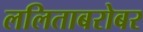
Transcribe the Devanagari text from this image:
ललिताबरोबर